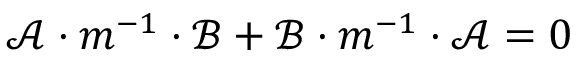
\mathcal { A } \cdot m ^ { - 1 } \cdot \mathcal { B } + \mathcal { B } \cdot m ^ { - 1 } \cdot \mathcal { A } = 0